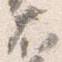
右